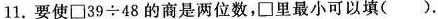
11.要使\square39÷48的商是两位数，\square里最小可以填( )。